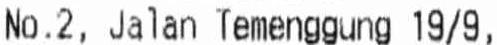
NO.2, JALAN TEMENGGUNG 19/9,